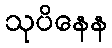
သုပိနေန